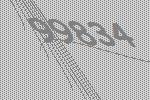
99834